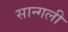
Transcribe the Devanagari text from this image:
सान्गली